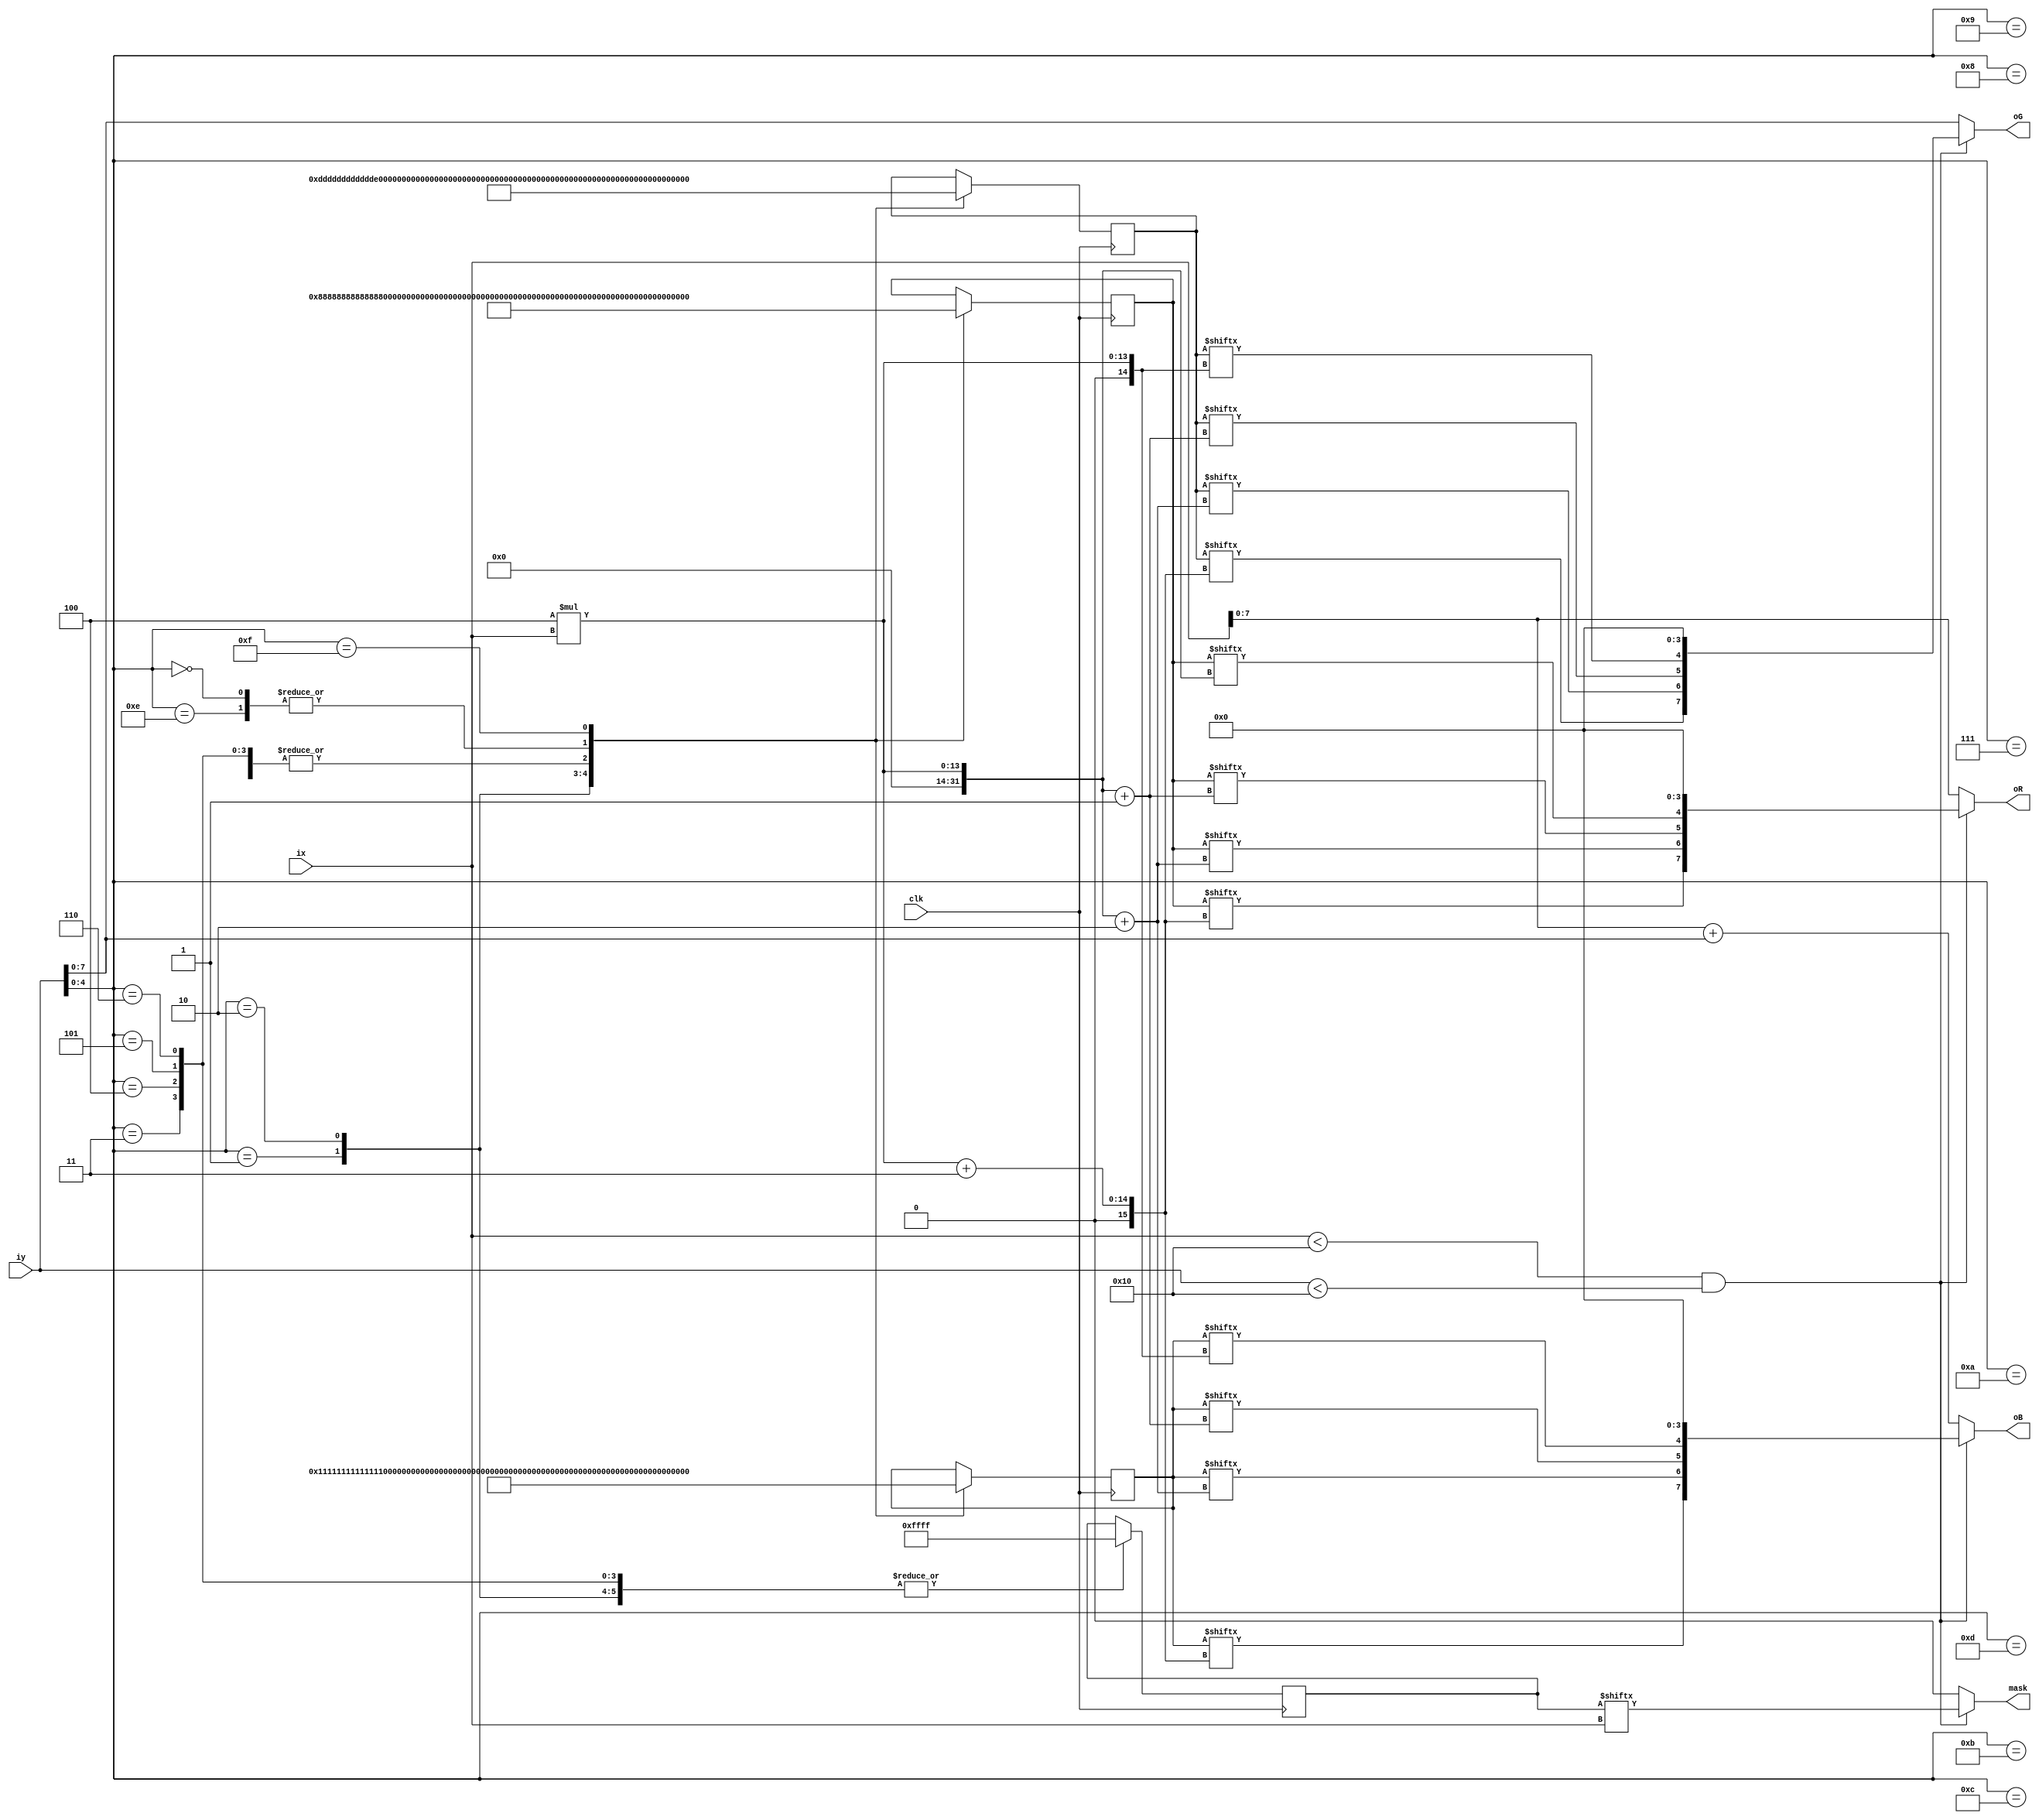
module tube_tl(ix,iy,oR,oG,oB,mask,clk);
input clk;
input [10:0] ix;
input [10:0] iy;
output [7:0] oR;
output [7:0] oG;
output [7:0] oB;
output mask;
reg [64:0] tube_tl_r;
reg [64:0] tube_tl_g;
reg [64:0] tube_tl_b;
reg [16:0] tube_tl_a;
parameter x_size = 16,y_size = 16;
wire mask;

assign oR = (ix<x_size&&iy<y_size)?{tube_tl_r[4*ix+3],tube_tl_r[4*ix+2],tube_tl_r[4*ix+1],tube_tl_r[4*ix],4'b0000}:{ix[7:0]};
assign oG = (ix<x_size&&iy<y_size)?{tube_tl_g[4*ix+3],tube_tl_g[4*ix+2],tube_tl_g[4*ix+1],tube_tl_g[4*ix],4'b0000}:{iy[7:0]};
assign oB = (ix<x_size&&iy<y_size)?{tube_tl_b[4*ix+3],tube_tl_b[4*ix+2],tube_tl_b[4*ix+1],tube_tl_b[4*ix],4'b0000}:{ix+iy}; 
assign mask = (ix<x_size&&iy<y_size)?{tube_tl_a[ix]}:0; 
always @(posedge clk)
begin
case(iy[4:0])
5'd0:tube_tl_r=64'h0000000000000000;
5'd1:tube_tl_r=64'h0888888888888888;
5'd2:tube_tl_r=64'h0000008888880000;
5'd3:tube_tl_r=64'h0888008888880880;
5'd4:tube_tl_r=64'h0888008888880880;
5'd5:tube_tl_r=64'h0888008888880880;
5'd6:tube_tl_r=64'h0888008888880880;
5'd7:tube_tl_r=64'h0888008888880880;
5'd8:tube_tl_r=64'h0888008888880880;
5'd9:tube_tl_r=64'h0888008888880880;
5'd10:tube_tl_r=64'h0888008888880880;
5'd11:tube_tl_r=64'h0888008888880880;
5'd12:tube_tl_r=64'h0888008888880880;
5'd13:tube_tl_r=64'h0888008888880880;
5'd14:tube_tl_r=64'h0000000000000000;
5'd15:tube_tl_r=64'h5500000000000000;
endcase
case(iy[4:0])
5'd0:tube_tl_g=64'h0000000000000000;
5'd1:tube_tl_g=64'h0ddddddddddddddd;
5'd2:tube_tl_g=64'h0aaaaaddddddaaaa;
5'd3:tube_tl_g=64'h0dddaaddddddadda;
5'd4:tube_tl_g=64'h0dddaaddddddadda;
5'd5:tube_tl_g=64'h0dddaaddddddadda;
5'd6:tube_tl_g=64'h0dddaaddddddadda;
5'd7:tube_tl_g=64'h0dddaaddddddadda;
5'd8:tube_tl_g=64'h0dddaaddddddadda;
5'd9:tube_tl_g=64'h0dddaaddddddadda;
5'd10:tube_tl_g=64'h0dddaaddddddadda;
5'd11:tube_tl_g=64'h0dddaaddddddadda;
5'd12:tube_tl_g=64'h0dddaaddddddadda;
5'd13:tube_tl_g=64'h0dddaaddddddadda;
5'd14:tube_tl_g=64'h0000000000000000;
5'd15:tube_tl_g=64'h9900000000000000;
endcase
case(iy[4:0])
5'd0:tube_tl_b=64'h0000000000000000;
5'd1:tube_tl_b=64'h0111111111111111;
5'd2:tube_tl_b=64'h0000001111110000;
5'd3:tube_tl_b=64'h0111001111110110;
5'd4:tube_tl_b=64'h0111001111110110;
5'd5:tube_tl_b=64'h0111001111110110;
5'd6:tube_tl_b=64'h0111001111110110;
5'd7:tube_tl_b=64'h0111001111110110;
5'd8:tube_tl_b=64'h0111001111110110;
5'd9:tube_tl_b=64'h0111001111110110;
5'd10:tube_tl_b=64'h0111001111110110;
5'd11:tube_tl_b=64'h0111001111110110;
5'd12:tube_tl_b=64'h0111001111110110;
5'd13:tube_tl_b=64'h0111001111110110;
5'd14:tube_tl_b=64'h0000000000000000;
5'd15:tube_tl_b=64'hff00000000000000;
endcase
case(iy[4:0])
5'd0:tube_tl_a=16'b1111111111111111;
5'd1:tube_tl_a=16'b1111111111111111;
5'd2:tube_tl_a=16'b1111111111111111;
5'd3:tube_tl_a=16'b1111111111111111;
5'd4:tube_tl_a=16'b1111111111111111;
5'd5:tube_tl_a=16'b1111111111111111;
5'd6:tube_tl_a=16'b1111111111111111;
5'd7:tube_tl_a=16'b1111111111111111;
5'd8:tube_tl_a=16'b1111111111111111;
5'd9:tube_tl_a=16'b1111111111111111;
5'd10:tube_tl_a=16'b1111111111111111;
5'd11:tube_tl_a=16'b1111111111111111;
5'd12:tube_tl_a=16'b1111111111111111;
5'd13:tube_tl_a=16'b1111111111111111;
5'd14:tube_tl_a=16'b1111111111111111;
5'd15:tube_tl_a=16'b1111111111111111;
endcase
end
endmodule